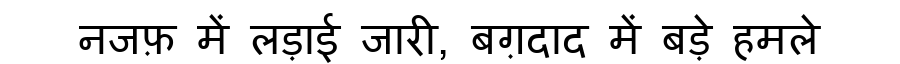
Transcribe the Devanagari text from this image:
नजफ़ में लड़ाई जारी, बग़दाद में बड़े हमले